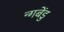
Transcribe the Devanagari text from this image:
न्गबेंडु